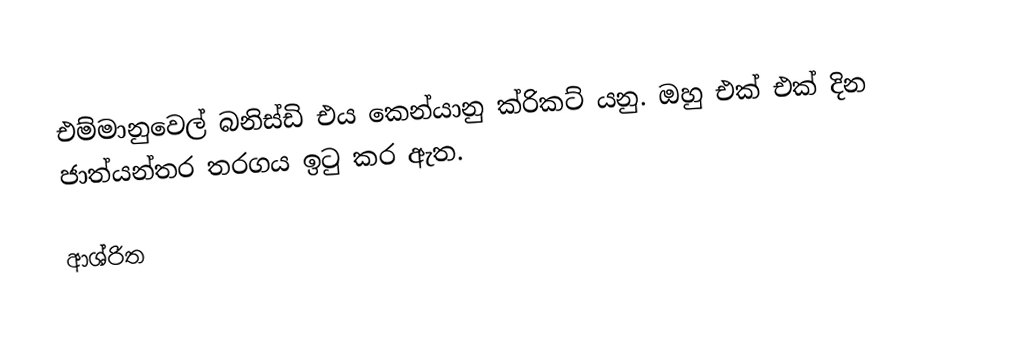
එම්මානුවෙල් බනිස්ඩි එය කෙන්යානු ක්රිකට් යනු. ඔහු එක් එක් දින ජාත්යන්තර තරගය ඉටු කර ඇත.

ආශ්රිත